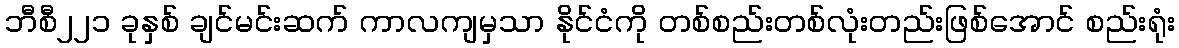
ဘီစီ၂၂၁ ခုနှစ် ချင်မင်းဆက် ကာလကျမှသာ နိုင်ငံကို တစ်စည်းတစ်လုံးတည်းဖြစ်အောင် စည်းရုံး